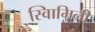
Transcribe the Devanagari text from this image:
स्वािमिनी